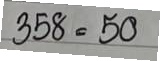
358 = 50